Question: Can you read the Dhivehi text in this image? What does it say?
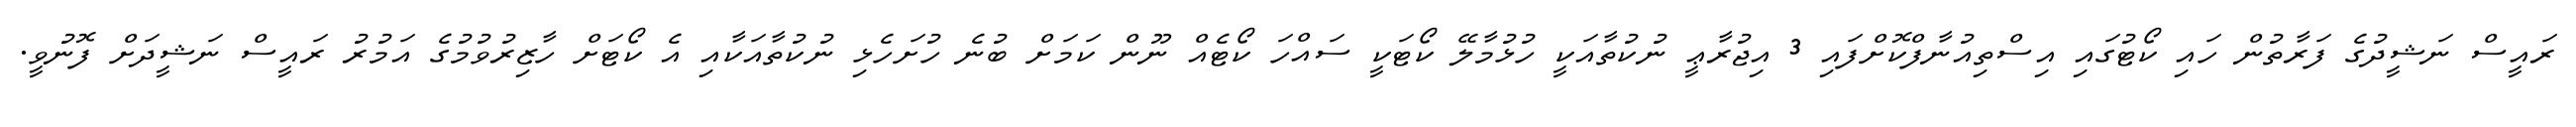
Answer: ރައީސް ނަޝީދުގެ ފަރާތުން ހައި ކޯޓުގައި އިސްތިއުނާފްކޮށްފައި 3 އިޖުރާޢީ ނުކުތާއަކީ ހުޅުމާލޭ ކޯޓަކީ ސައްހަ ކޯޓެއް ނޫން ކަމަށް ބުނެ ހުށަހެޅި ނުކުތާއަކާއި އެ ކޯޓަށް ހާޒިރުވުމުގެ އަމުރު ރައީސް ނަޝީދަށް ފޮނުވީ.